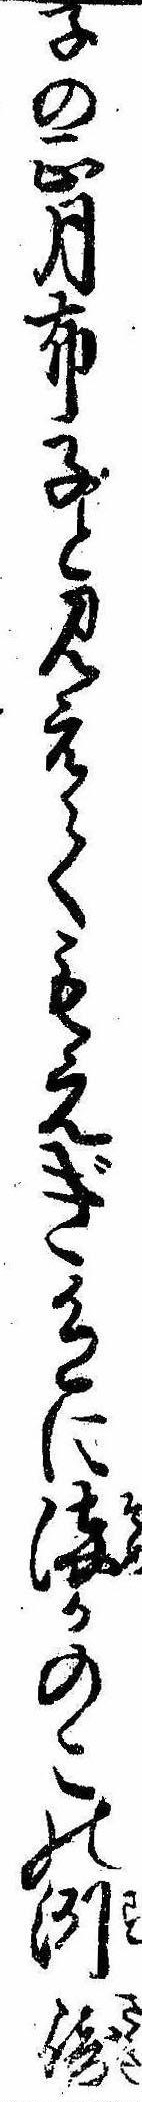
子の正月布子と見えてもえぎ色に染かのこの洲崎